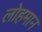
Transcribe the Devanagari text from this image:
लोहमान